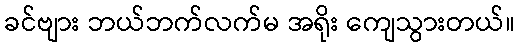
ခင်ဗျား ဘယ်ဘက်လက်မ အရိုး ကျေသွားတယ်။